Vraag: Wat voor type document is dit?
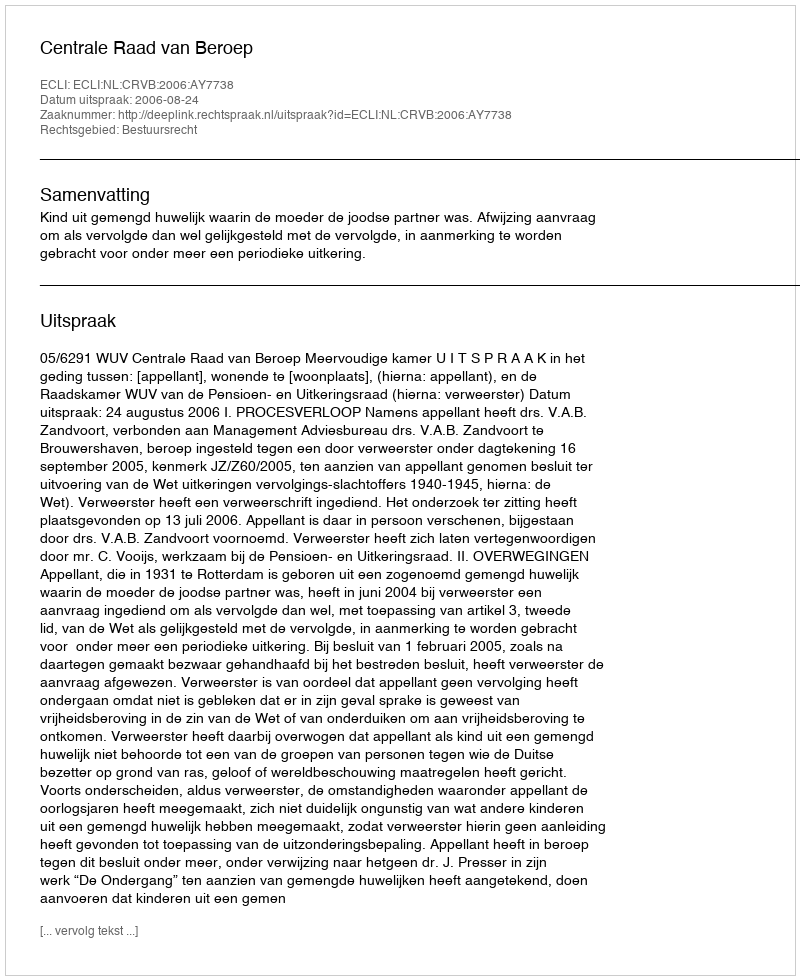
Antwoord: Uitspraak